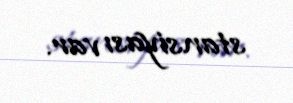
stansiyası var.